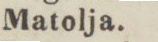
Matolja.